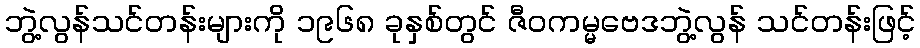
ဘွဲ့လွန်သင်တန်းများကို ၁၉၆၈ ခုနှစ်တွင် ဇီဝကမ္မဗေဒဘွဲ့လွန် သင်တန်းဖြင့်